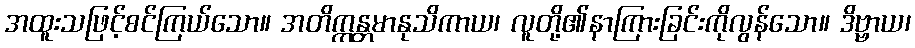
အထူးသဖြင့်စင်ကြယ်သော။ အတိက္ကန္တမာနုသိကာယ၊ လူတို့၏နာကြားခြင်းကိုလွန်သော။ ဒိဗ္ဗာယ၊